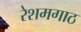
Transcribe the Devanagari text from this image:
रेशमगाठ